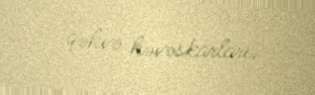
qəhvə həvəskarları.